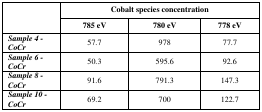
<table><thead><tr><td rowspan="2"></td><td colspan="3"><b>Cobalt species concentration</b></td></tr><tr><td><b>785 eV</b></td><td><b>780 eV</b></td><td><b>778 eV</b></td></tr></thead><tbody><tr><td><b><i>Sample 4 – CoCr</i></b></td><td>57.7</td><td>978</td><td>77.7</td></tr><tr><td><b><i>Sample 6 – CoCr</i></b></td><td>50.3</td><td>595.6</td><td>92.6</td></tr><tr><td><b><i>Sample 8 – CoCr</i></b></td><td>91.6</td><td>791.3</td><td>147.3</td></tr><tr><td><b><i>Sample 10 – CoCr</i></b></td><td>69.2</td><td>700</td><td>122.7</td></tr></tbody></table>